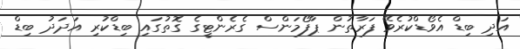
އަދި ބިޑް އެވޯޑްކުރެވޭ ފަރާތުން ޕާފޯމަންސް ގެރެންޓީގެ ގޮތުގައި ބިޑްކުރި އަދަދު ބިޑް